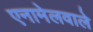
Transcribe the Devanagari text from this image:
एनामेलवाले